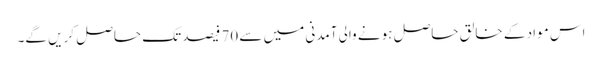
اس مواد کے خالق حاصل ہونے والی آمدنی میں سے 70 فیصد تک حاصل کریں گے۔